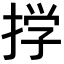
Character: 𫽊